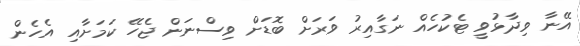
އޭނާ ވިދާޅުވީ ޓެކުހެއް ނަގާއިރު ވަރަށް ބޮޑަށް ވިސްނަން ޖެހޭ ކަމަށާއި އެހެން